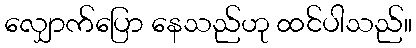
လျှောက်ပြော နေသည်ဟု ထင်ပါသည်။